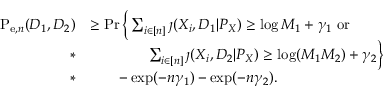
\begin{array} { r l } { \mathrm { P } _ { \mathrm { e } , n } ( D _ { 1 } , D _ { 2 } ) } & { \geq \operatorname* { P r } \Big \{ \sum _ { i \in [ n ] } \jmath ( X _ { i } , D _ { 1 } | P _ { X } ) \geq \log M _ { 1 } + \gamma _ { 1 } ~ \mathrm { o r } } \\ { * } & { \qquad \qquad \sum _ { i \in [ n ] } \jmath ( X _ { i } , D _ { 2 } | P _ { X } ) \geq \log ( M _ { 1 } M _ { 2 } ) + \gamma _ { 2 } \Big \} } \\ { * } & { \qquad - \exp ( - n \gamma _ { 1 } ) - \exp ( - n \gamma _ { 2 } ) . } \end{array}